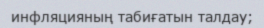
инфляцияның табиғатын талдау;